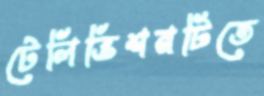
টেলিভিশনটিতে